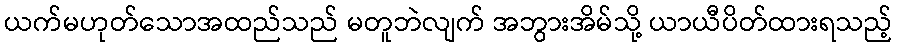
ယက်မဟုတ်သောအထည်သည် မတူဘဲလျက် အဘွားအိမ်သို့ ယာယီပိတ်ထားရသည့်